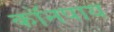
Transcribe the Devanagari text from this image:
कॉनपाय